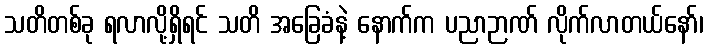
သတိတစ်ခု ရလာလို့ရှိရင် သတိ အခြေခံနဲ့ နောက်က ပညာဉာဏ် လိုက်လာတယ်နော်၊